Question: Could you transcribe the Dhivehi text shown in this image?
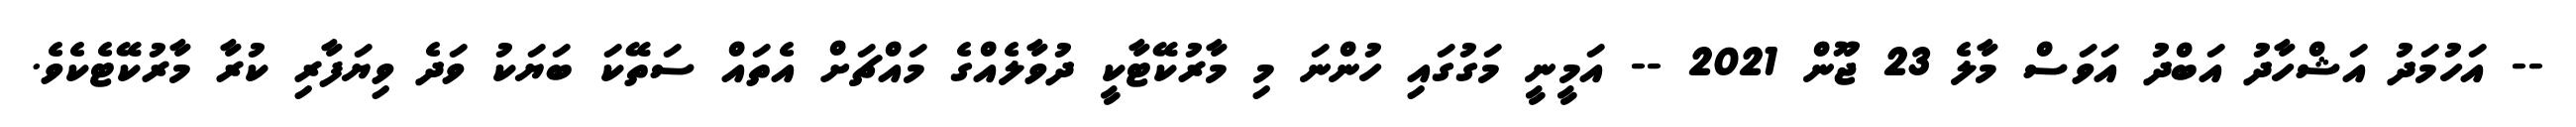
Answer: -- އަހުމަދު އަޝްހާދު އަބްދު އަވަސް މާލެ 23 ޖޫން 2021 -- އަމީނީ މަގުގައި ހުންނަ މި މާރުކޭޓާކީ ދުވާލެއްގެ މައްޗަށް އެތައް ސަތޭކަ ބަޔަކު ވަދެ ވިޔަފާރި ކުރާ މާރުކޭޓެކެވެ.